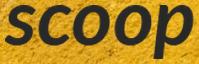
scoop